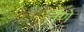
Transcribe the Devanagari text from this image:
तैणे